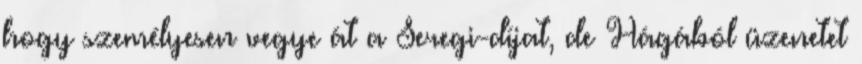
hogy személyesen vegye át a Seregi-díjat, de Hágából üzenetet